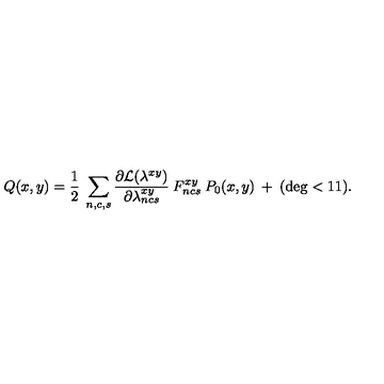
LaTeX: Q ( x , y ) = \frac { 1 } { 2 } \: \sum _ { n , c , s } \frac { \partial { \cal { L } } ( \lambda ^ { x y } ) } { \partial \lambda _ { n c s } ^ { x y } } \: F _ { n c s } ^ { x y } \: P _ { 0 } ( x , y ) \: + \: ( \deg < 1 1 ) .